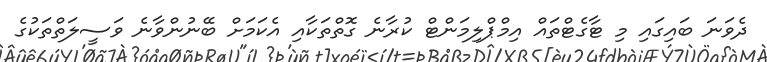
ދެވަނަ ބައިގައި މި ޓާގެޓްތައް އިމްޕްލިމަންޓް ކުރާނެ ގޮތްތަކާއި އެކަމަށް ބޭނުންވާނެ ވަސީލަތްތަކުގެ